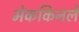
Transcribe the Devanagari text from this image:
मेककिनले